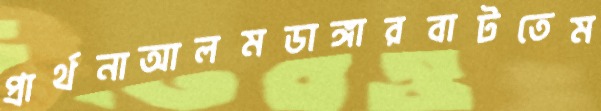
প্রার্থনাআলমডাঙ্গারবাটতেম